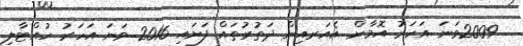
2009ވަނަ އަހަރު އޮމާން އެއަރއިން ދަތުރުތައް ފަށައި 2016 ވަނަ އަހަރު ހުއްޓާލި